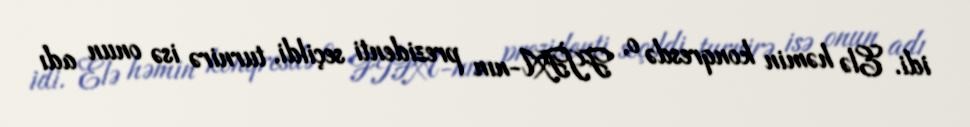
idi. Elə həmin konqresdə o, FİFA-nın prezidenti seçildi, turnirə isə onun adı